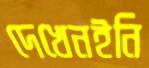
দেখেনইনি